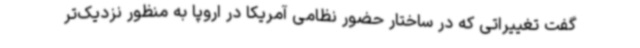
گفت تغییراتی که در ساختار حضور نظامی آمریکا در اروپا به منظور نزدیک‌تر